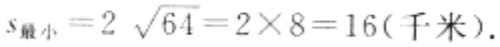
\(s_{最小}=2\sqrt{64}=2\times8 = 16(千米).\)